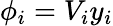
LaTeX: \phi_{i}=V_{i}y_{i}